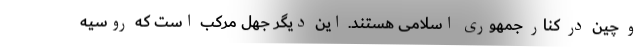
و چین در کنار جمهوری اسلامی هستند. این دیگر جهل مرکب است که روسیه